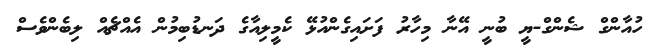
ހުއާންގް ޝެންގް-ޔީ ބުނީ އޭނާ މިހާރު ފަށައިގެންއުޅޭ ކެމީލިއާގެ ދަނޑުބިމުން އެއްޗެއް ލިބެންވެސް